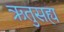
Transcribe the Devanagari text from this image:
ऋतुसह्य